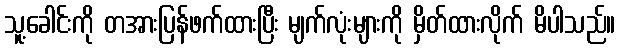
သူ့ခေါင်းကို တအားပြန်ဖက်ထားပြီး မျက်လုံးများကို မှိတ်ထားလိုက် မိပါသည်။